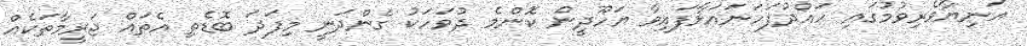
އަނިޔާވެރިވުމުގައި ހައްދުފަހަނައަޅާފައިވާ ޔަހޫދީން ކޮންމެ ދުވަހަކު ގެންދަނީ މިފަދަ ބޮޑެތި އެތައް ޖަރީމާތަކެއް